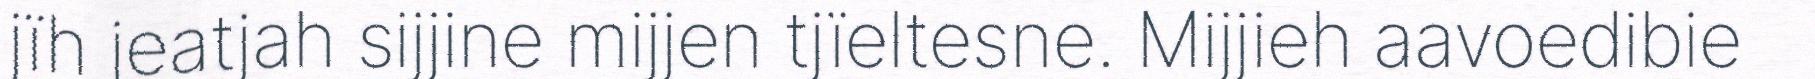
jïh jeatjah sijjine mijjen tjïeltesne. Mijjieh aavoedibie